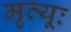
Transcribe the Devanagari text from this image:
मृत्यूः